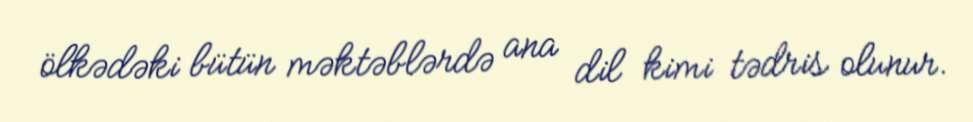
ölkədəki bütün məktəblərdə ana dil kimi tədris olunur.